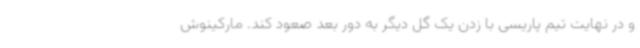
و در نهایت تیم پاریسی با زدن یک گل دیگر به دور بعد صعود کند. مارکینوش